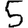
Digit: 5